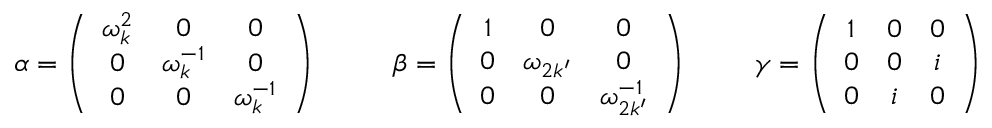
\alpha = \left( \begin{array} { c c c } { { \omega _ { k } ^ { 2 } } } & { { 0 } } & { { 0 } } \\ { { 0 } } & { { \omega _ { k } ^ { - 1 } } } & { { 0 } } \\ { { 0 } } & { { 0 } } & { { \omega _ { k } ^ { - 1 } } } \end{array} \right) ~ ~ ~ ~ ~ ~ ~ ~ \beta = \left( \begin{array} { c c c } { { 1 } } & { { 0 } } & { { 0 } } \\ { { 0 } } & { { \omega _ { 2 k ^ { \prime } } } } & { { 0 } } \\ { { 0 } } & { { 0 } } & { { \omega _ { 2 k ^ { \prime } } ^ { - 1 } } } \end{array} \right) ~ ~ ~ ~ ~ ~ ~ \gamma = \left( \begin{array} { c c c } { { 1 } } & { { 0 } } & { { 0 } } \\ { { 0 } } & { { 0 } } & { { i } } \\ { { 0 } } & { { i } } & { { 0 } } \end{array} \right)